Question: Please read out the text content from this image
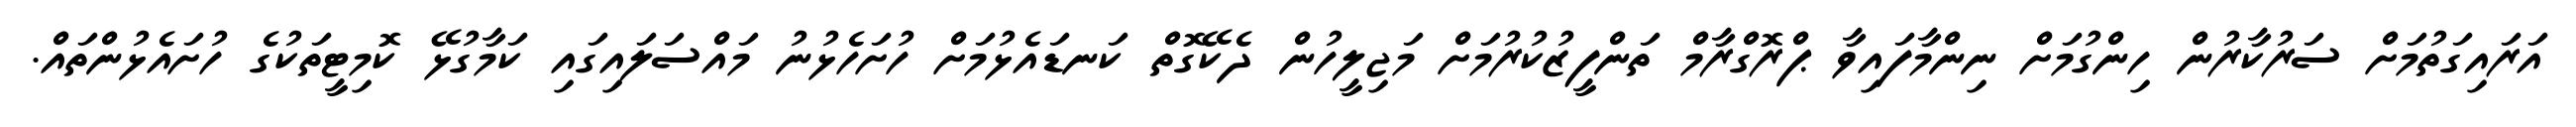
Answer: އަރައިގަތުމަށް ސަރުކާރުން ހިންގުމަށް ނިންމާފައިވާ ޕްރޮގްރާމް ތަންފީޒުކުރުމަށް މަޖިލީހުން ދެކޭގޮތް ކަނޑައެޅުމަށް ހުށަހެޅުނު މައްސަލައިގައި ކަމާގުޅޭ ކޮމިޓީތަކުގެ ހުށައެޅުންތައް.